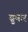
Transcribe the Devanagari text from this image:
ब्रुकर